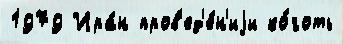
1979 Ира́н пров'ед'е́н'иjи ко́готь